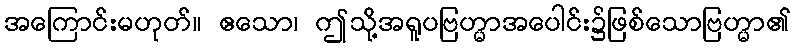
အကြောင်းမဟုတ်။ ဧသော၊ ဤသို့အရူပဗြဟ္မာအပေါင်း၌ဖြစ်သောဗြဟ္မာ၏